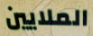
الملايين